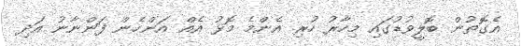
އެގޮތުން ބޮލީވުޑުގައި މިހާރު ހުރި އެންމެ މޮޅު އެއް އަންހެން ފަންނާނު އަދި